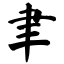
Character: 聿